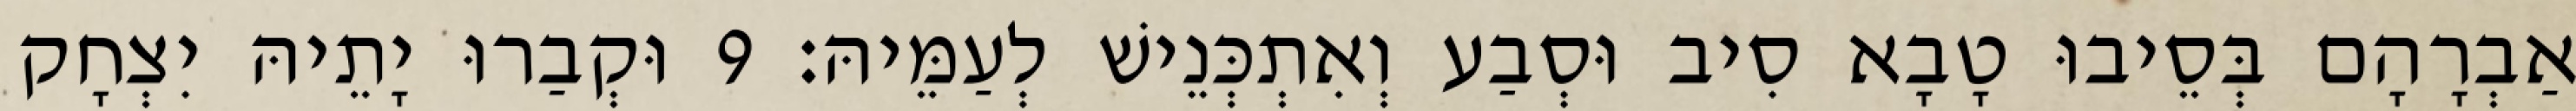
אַבְרָהָם בְּסֵיבוּ טָבָא סִיב וּסְבַע וְאִתְכְּנֵישׁ לְעַמֵּיהּ׃ 9 וּקְבַרוּ יָתֵיהּ יִצְחָק